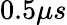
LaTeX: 0.5\mu s